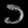
Digit: ၁